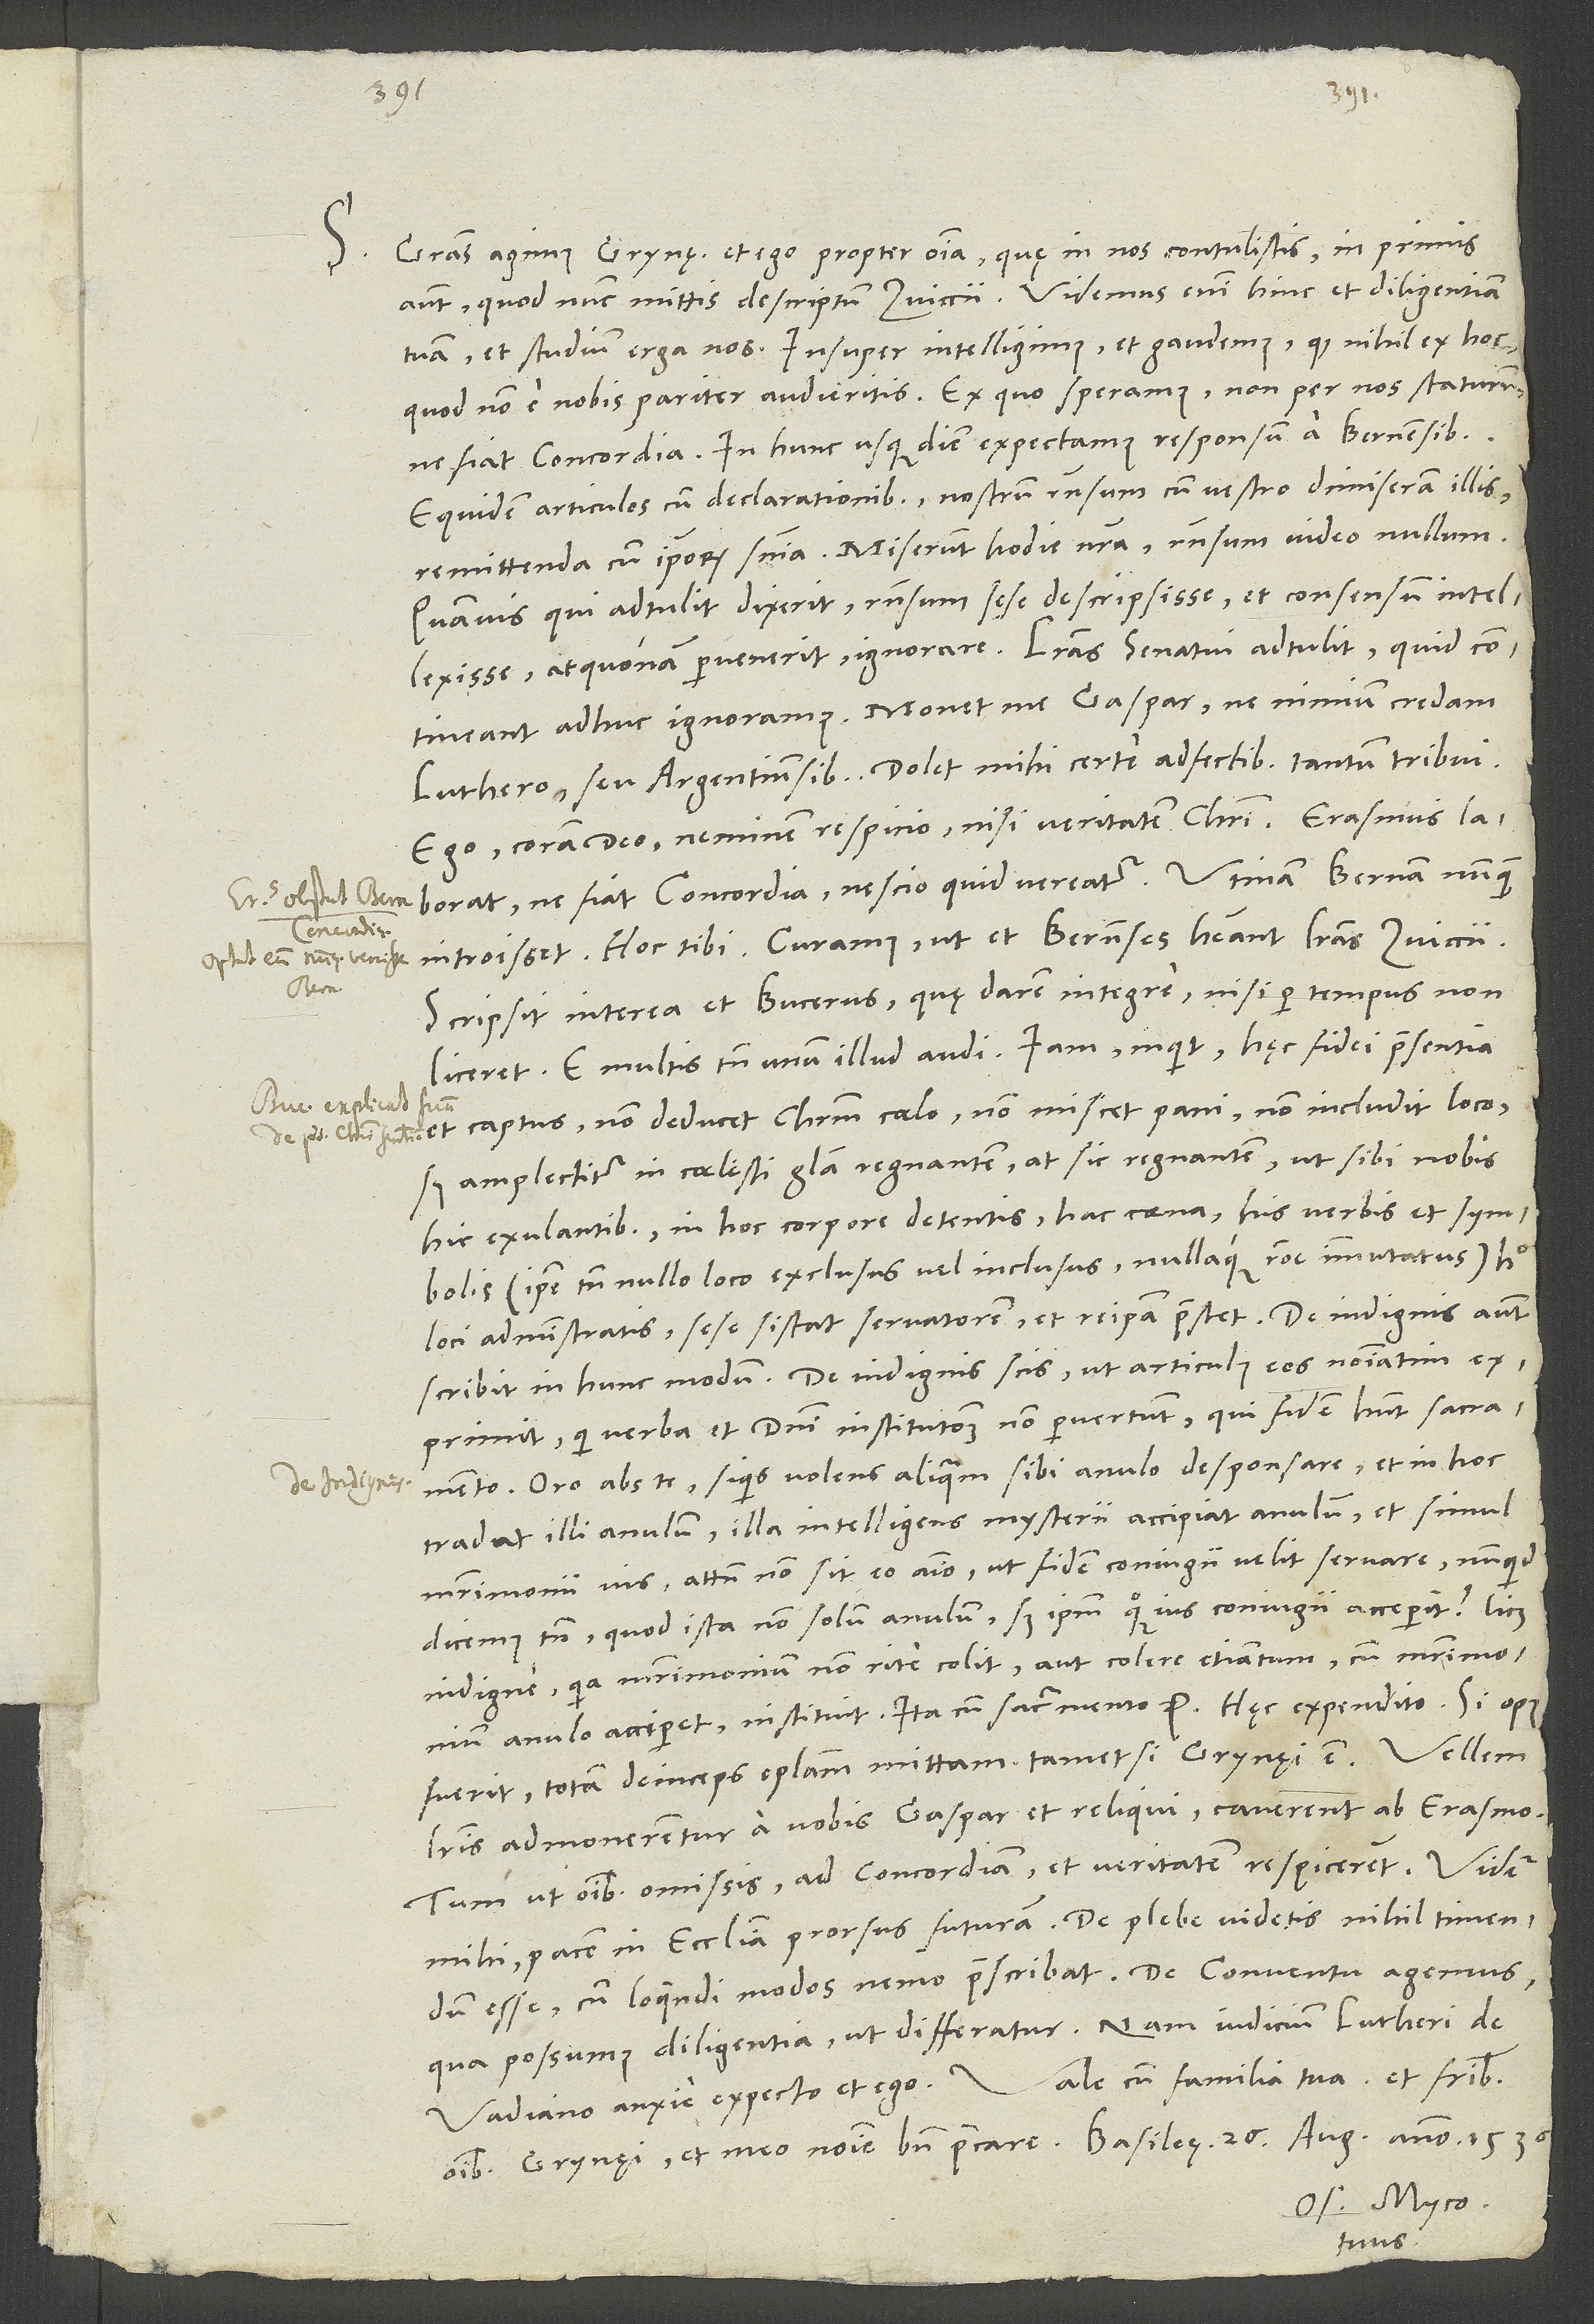
S. Gratias agimus Grynęus et ego propter omnia, quę in nos contulistis in, primis
autem, quod nunc mittis descriptum Zviccii. Videmus enim hinc et diligentiam
tuam et studium erga nos. Insuper intelligimus et gaudemus, quod nihil ex hoc,
quod non e nobis pariter, audieritis. Ex quo speramus non per nos staturum,
Equidem articulos cum declarationibus, nostrum responsum cum vestro dimiseram illis
remittenda cum ipsorum sententia. Miserunt hodie nostra; responsum video nullum,
quamvis, qui adtulit, dixerit responsum sese descripsisse et consensum intellexisse,
at quonam pervenerit, ignorare. Literas senatui adtulit; quid contineant,
adhuc ignoramus. Monet me Gaspar, ne nimium credam
Luthero seu Argentinensibus. Dolet mihi certe adfectibus tantum tribui.
Ego coram deo neminem respicio nisi veritatem Christi. Erasmus
laborat, ne fiat concordia; nescio, quid vereatur. Utinam Bernam nunquam
introisset! Hoc tibi. Curamus, ut et Bernenses habeant literas Zviccii.
Scripsit interea et Bucerus, quę darem integrę, nisi per tempus non
liceret. E multis tamen unum illud audi: "Iam" inquit "hęc fidei praesentia
et captus non deducit Christum coelo, non miscet pani, non includit loco,
sed amplectitur in coelesti gloria regnantem, at sic regnantem, ut sibi nobis
hic exulantibus, in hoc corpore detentis, hac coena, his verbis et symbolis
(ipse tamen nullo loco exciusus vel inclusus nullaque ratione immutatus) hoc
loci administratis sese sistat servatorem et re ipsa praestet." De indignis autem
scribit in hunc modum: "De indignis scis, ut articulus eos nominatim
exprimit, qui verba et domini institutionem non pervertunt, qui fidem habent sacramento.
Oro abs te, si quis volens aliquam sibi anulo desponsare et in hoc
tradat illi anulum, illa intelligens mysterii accipiat anulum et simul
matrimonii jus, attamen non sit eo animo, ut fidem coniugii veut servare, nunquid
dicemus tamen, quod ista non solum anulum, sed ipsum quoque jus coniugii acceperit? Licet
indigne, quia matrimonium non rite colit aut colere etiam tum, cum matrimonium
anulo acciperet, instituit. Ita cum sacramento" etc. Hec expendito. Si opus
fuerit, totam deinceps epistolam mittarn, tametsi Grynęi est.
literis admonerentur a vobis Gaspar et reliqui, caverent ab Erasmo,
tum, ut omnibus omissis ad concordiam et veritatem respicerent. Videtur
mihi pacem in ecclesia prorsus futuram. De plebe videtis nihil timendum
esse, cum loquendi modos nemo praescribat. De conventu agemus
qua possumus diligentia, ut differatur. Nam iudicium Lutheri de
Os. Myco.
tuus.